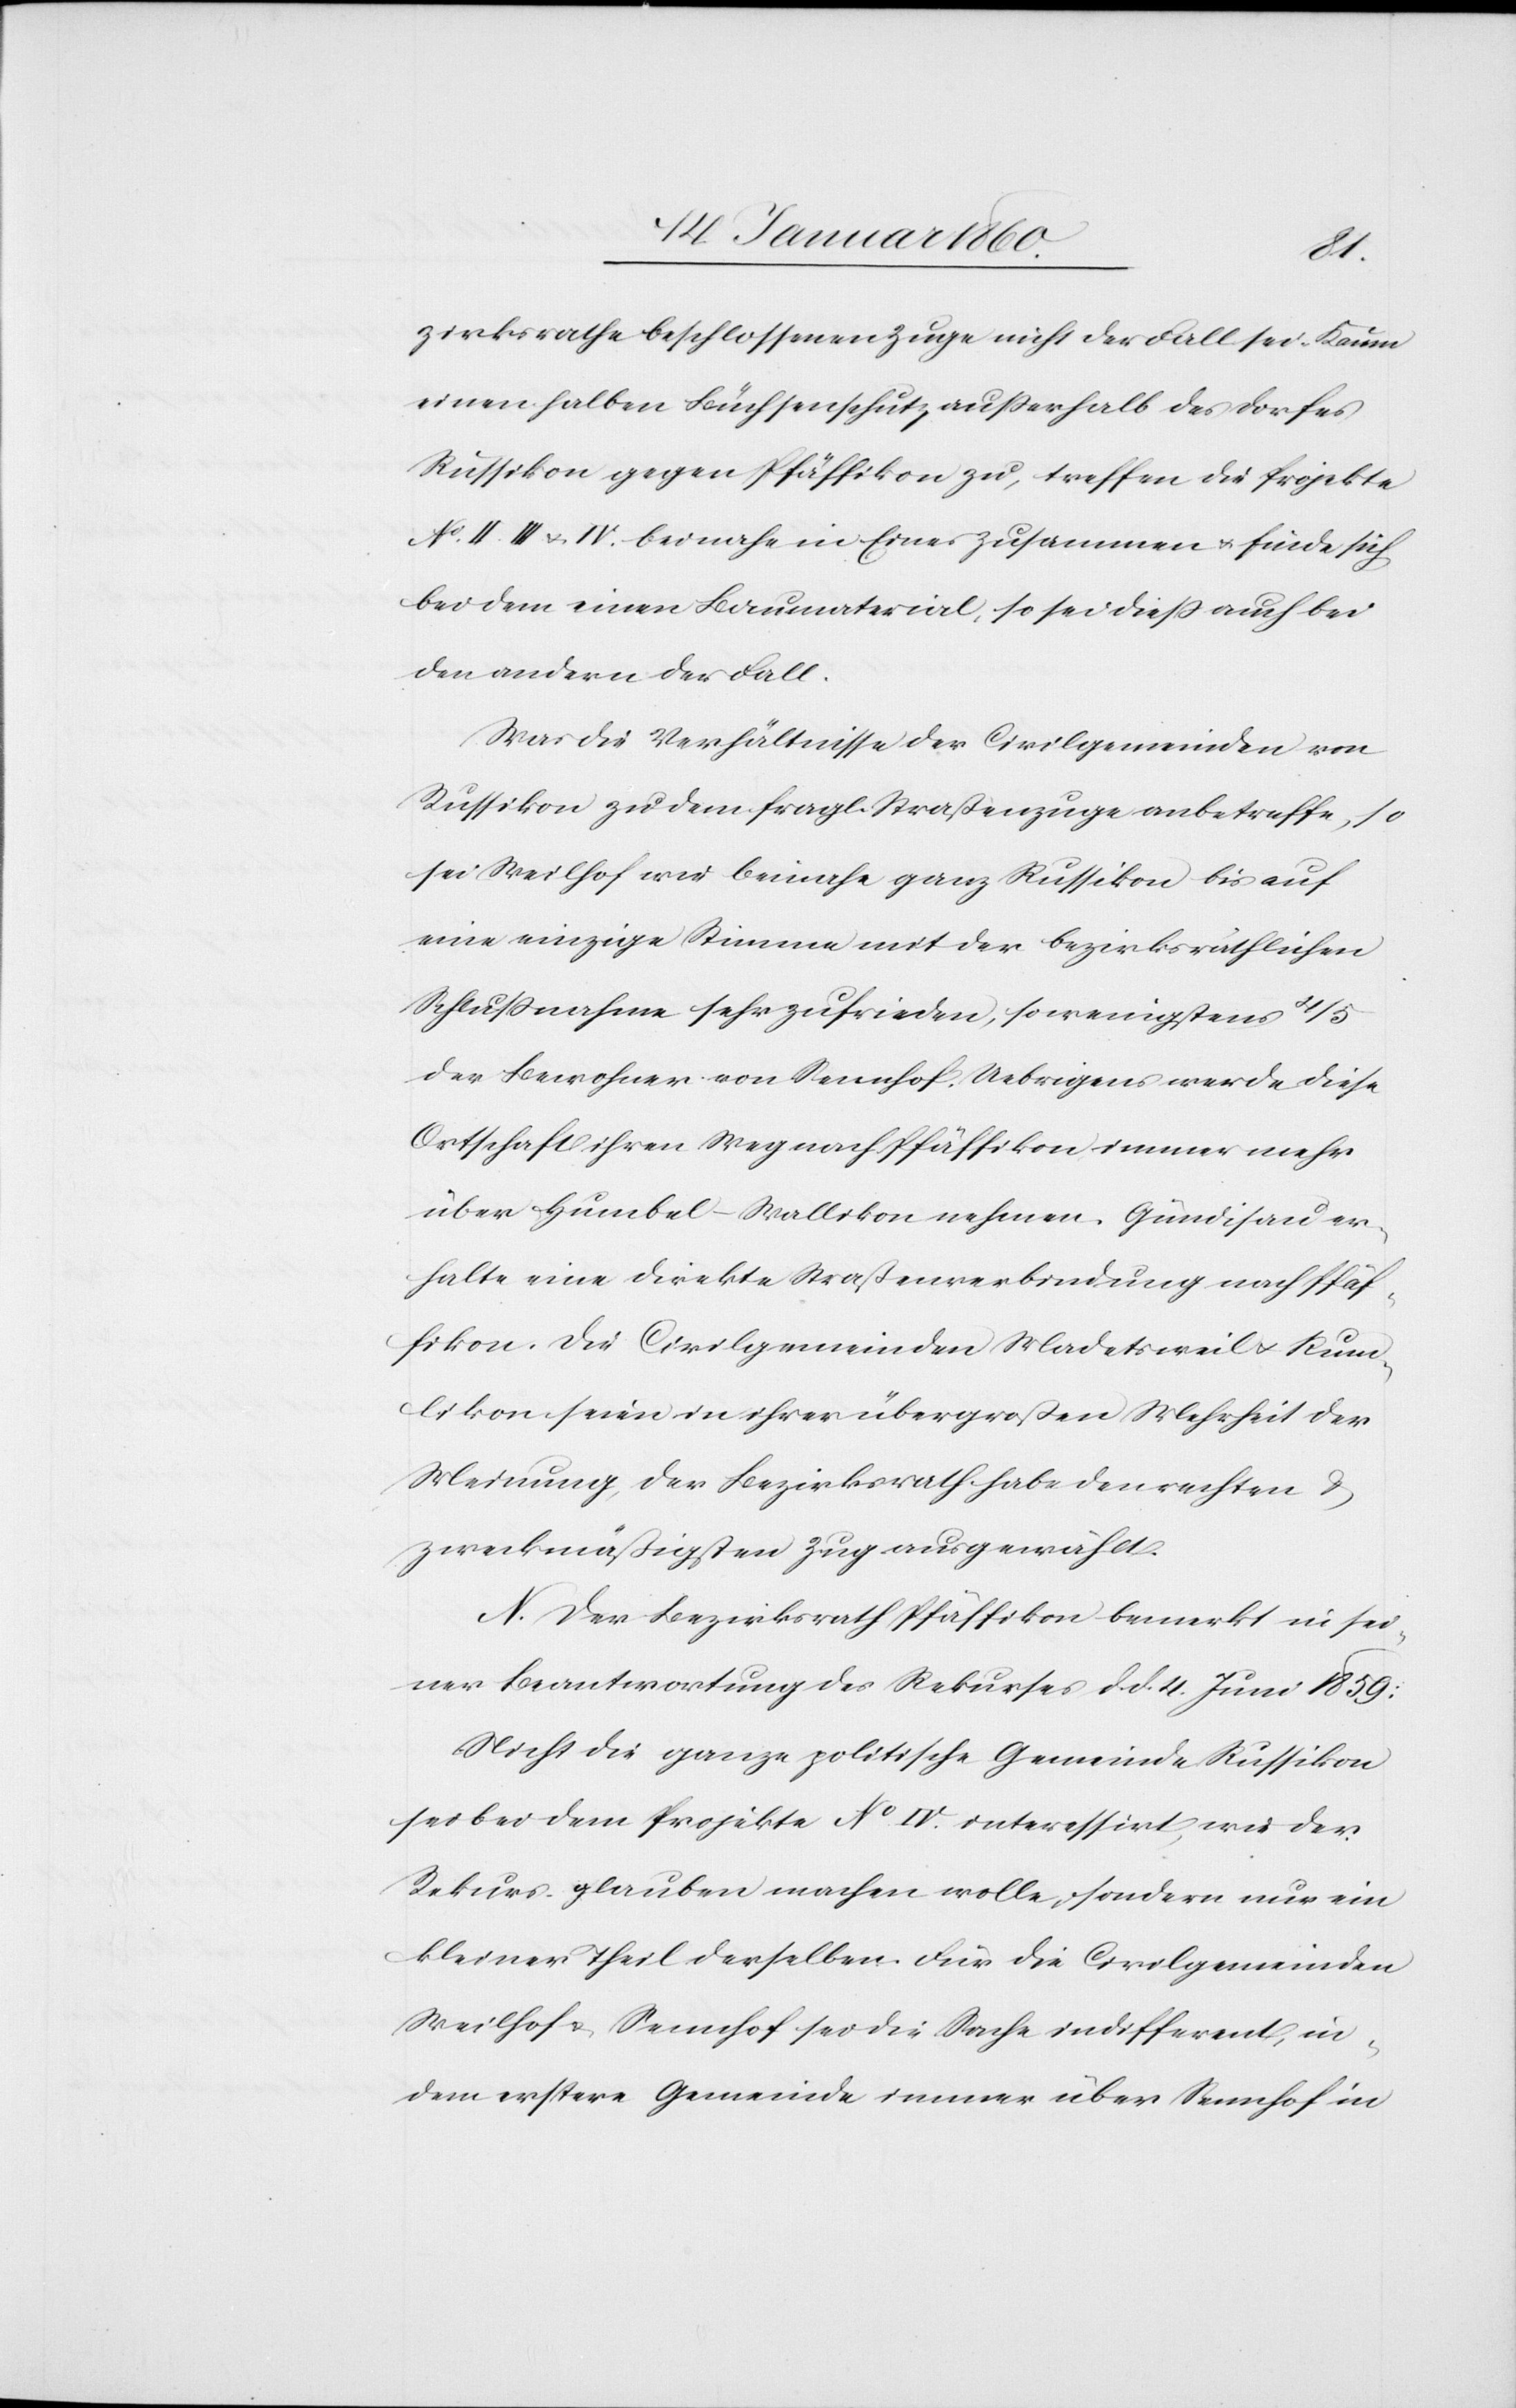
zirksrathe beschlossenen Zuge nicht der Fall sei. Kaum
einen halben Büchsenschutz ausserhalb des Dorfes
Russikon gegen Pfäffikon zu, treffen die Projekte
No II III u. IV. beinahe in Einer zusammen u. finde sich
bei dem einen Baumaterial, so sei dieß auch bei
den andern der Fall.
Was die Verhältnisse der Civilgemeinden von
Russikon zu dem fragl. Straßenzuge anbetreffe, so
sei Weilhof [z]war beinahe ganz Russikon bis auf
eine einzige Stimme mit der bezirksräthlichen
Schlußnahme sehr zufrieden, so wenigstens 4/5
der Bewohner von Sennhof. Uebrigens werde diese
Ortschaft ihren Weg nach Pfäffikon immer mehr
über Humbel-Stallikon nehmen. Gündisau er¬
halte eine direkte Strassenverbindung nach Pfäf¬
fikon. Die Civilgemeinden Madetsweil u. Kum¬
likon seien in ihrer übergroßen Mehrheit der
Meinung, der Bezirksrath habe den rechten u.
zweckmässigsten Zug ausgewählt.
N. Der Bezirksrath Pfäffikon bemerkt in sei¬
ner Beantwortung des Rekurses d. d. 4. Juni 1859:
Nicht die ganze politische Gemeinde Russikon
sei bei dem Projekte No IV. interessiert was der
Rekurs glauben machen wolle, sondern nur ein
kleiner Theil derselben. Für die Civilgemeinden
Weilhof u. Sennhof sei die Sache indifferent, in¬
dem erstere Gemeinde immer über Sennhof in